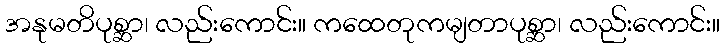
အနုမတိပုစ္ဆာ၊ လည်းကောင်း။ ကထေတုကမျတာပုစ္ဆာ၊ လည်းကောင်း။